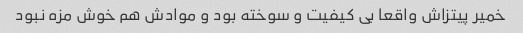
خمیر پیتزاش واقعا بی کیفیت و سوخته بود و موادش هم خوش مزه نبود